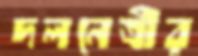
দলনেত্রীর